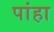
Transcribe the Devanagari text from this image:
पांहा